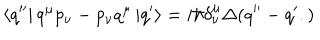
LaTeX: \left\langle q ^ { \prime \prime } \right| q ^ { \mu } p _ { \nu } - p _ { \nu } q ^ { \mu } \left| q ^ { \prime } \right\rangle = i \hbar \delta _ { \nu } ^ { \mu } \Delta ( q ^ { \prime \prime } - q ^ { \prime } . )